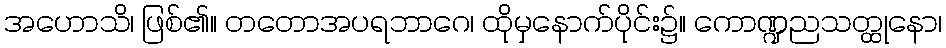
အဟောသိ၊ ဖြစ်၏။ တတောအပရဘာဂေ၊ ထိုမှနောက်ပိုင်း၌။ ကောဏ္ဍညသတ္ထုနော၊